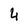
Character: 4